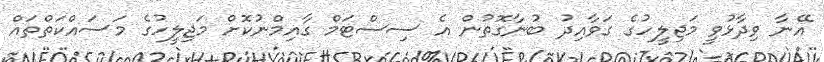
އޭނާ ވިދާޅުވީ މަޖިލީހުގެ ގަވާއިދު ބުނާގޮތުން އެ ސިސްޓަމް ގާއިމްނުކޮށް މަޖިލީހުގެ މަސައްކަތްތައް